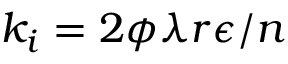
k _ { i } = { 2 \phi \lambda r \epsilon } / { n }